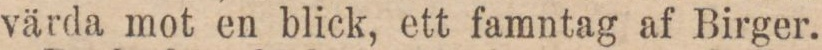
värda mot en blick, ett famntag af Birger.